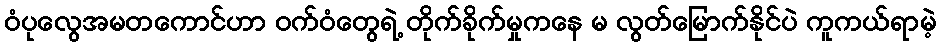
ဝံပုလွေအမတကောင်ဟာ ဝက်ဝံတွေရဲ့ တိုက်ခိုက်မှုကနေ မ လွတ်မြောက်နိုင်ပဲ ကူကယ်ရာမဲ့